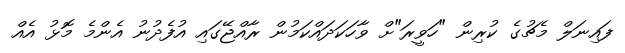
ފައިނަލް މެޗުގެ ކުރިން "ހަވީރަ"ށް ވާހަކަދައްކަމުން ރާއްޖޭގައި އުފެދުނު އެންމެ މޮޅު އެއް